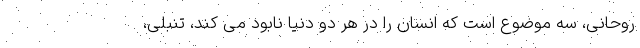
روحانی، سه موضوع است که انسان را در هر دو دنیا نابود می کند، تنبلی،